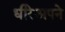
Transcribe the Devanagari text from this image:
धीरेअपने